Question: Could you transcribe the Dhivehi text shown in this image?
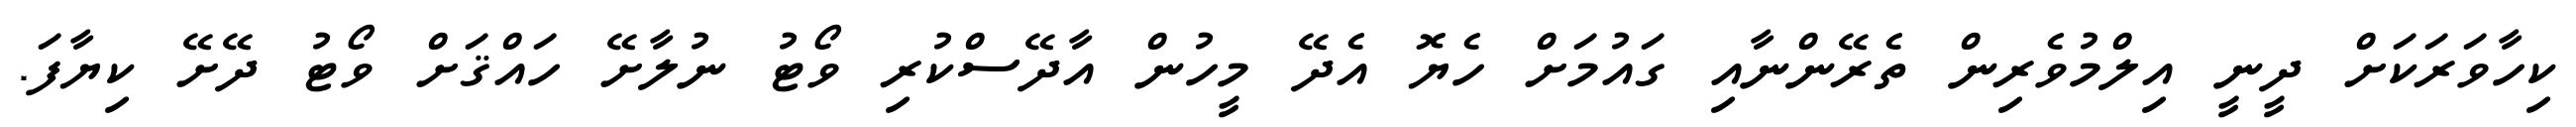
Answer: ކިހާވަރަކަށް ދީނީ އިލްމުވެރިން ތެރޭންނާއި ގައުމަށް ހެޔޮ އެދޭ މީހުން އާދޭސްކުރި ވޯޓު ނުލާށޭ ހައްޤަށް ވޯޓު ދޭށޭ ކިޔާފަ.